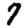
Digit: 7